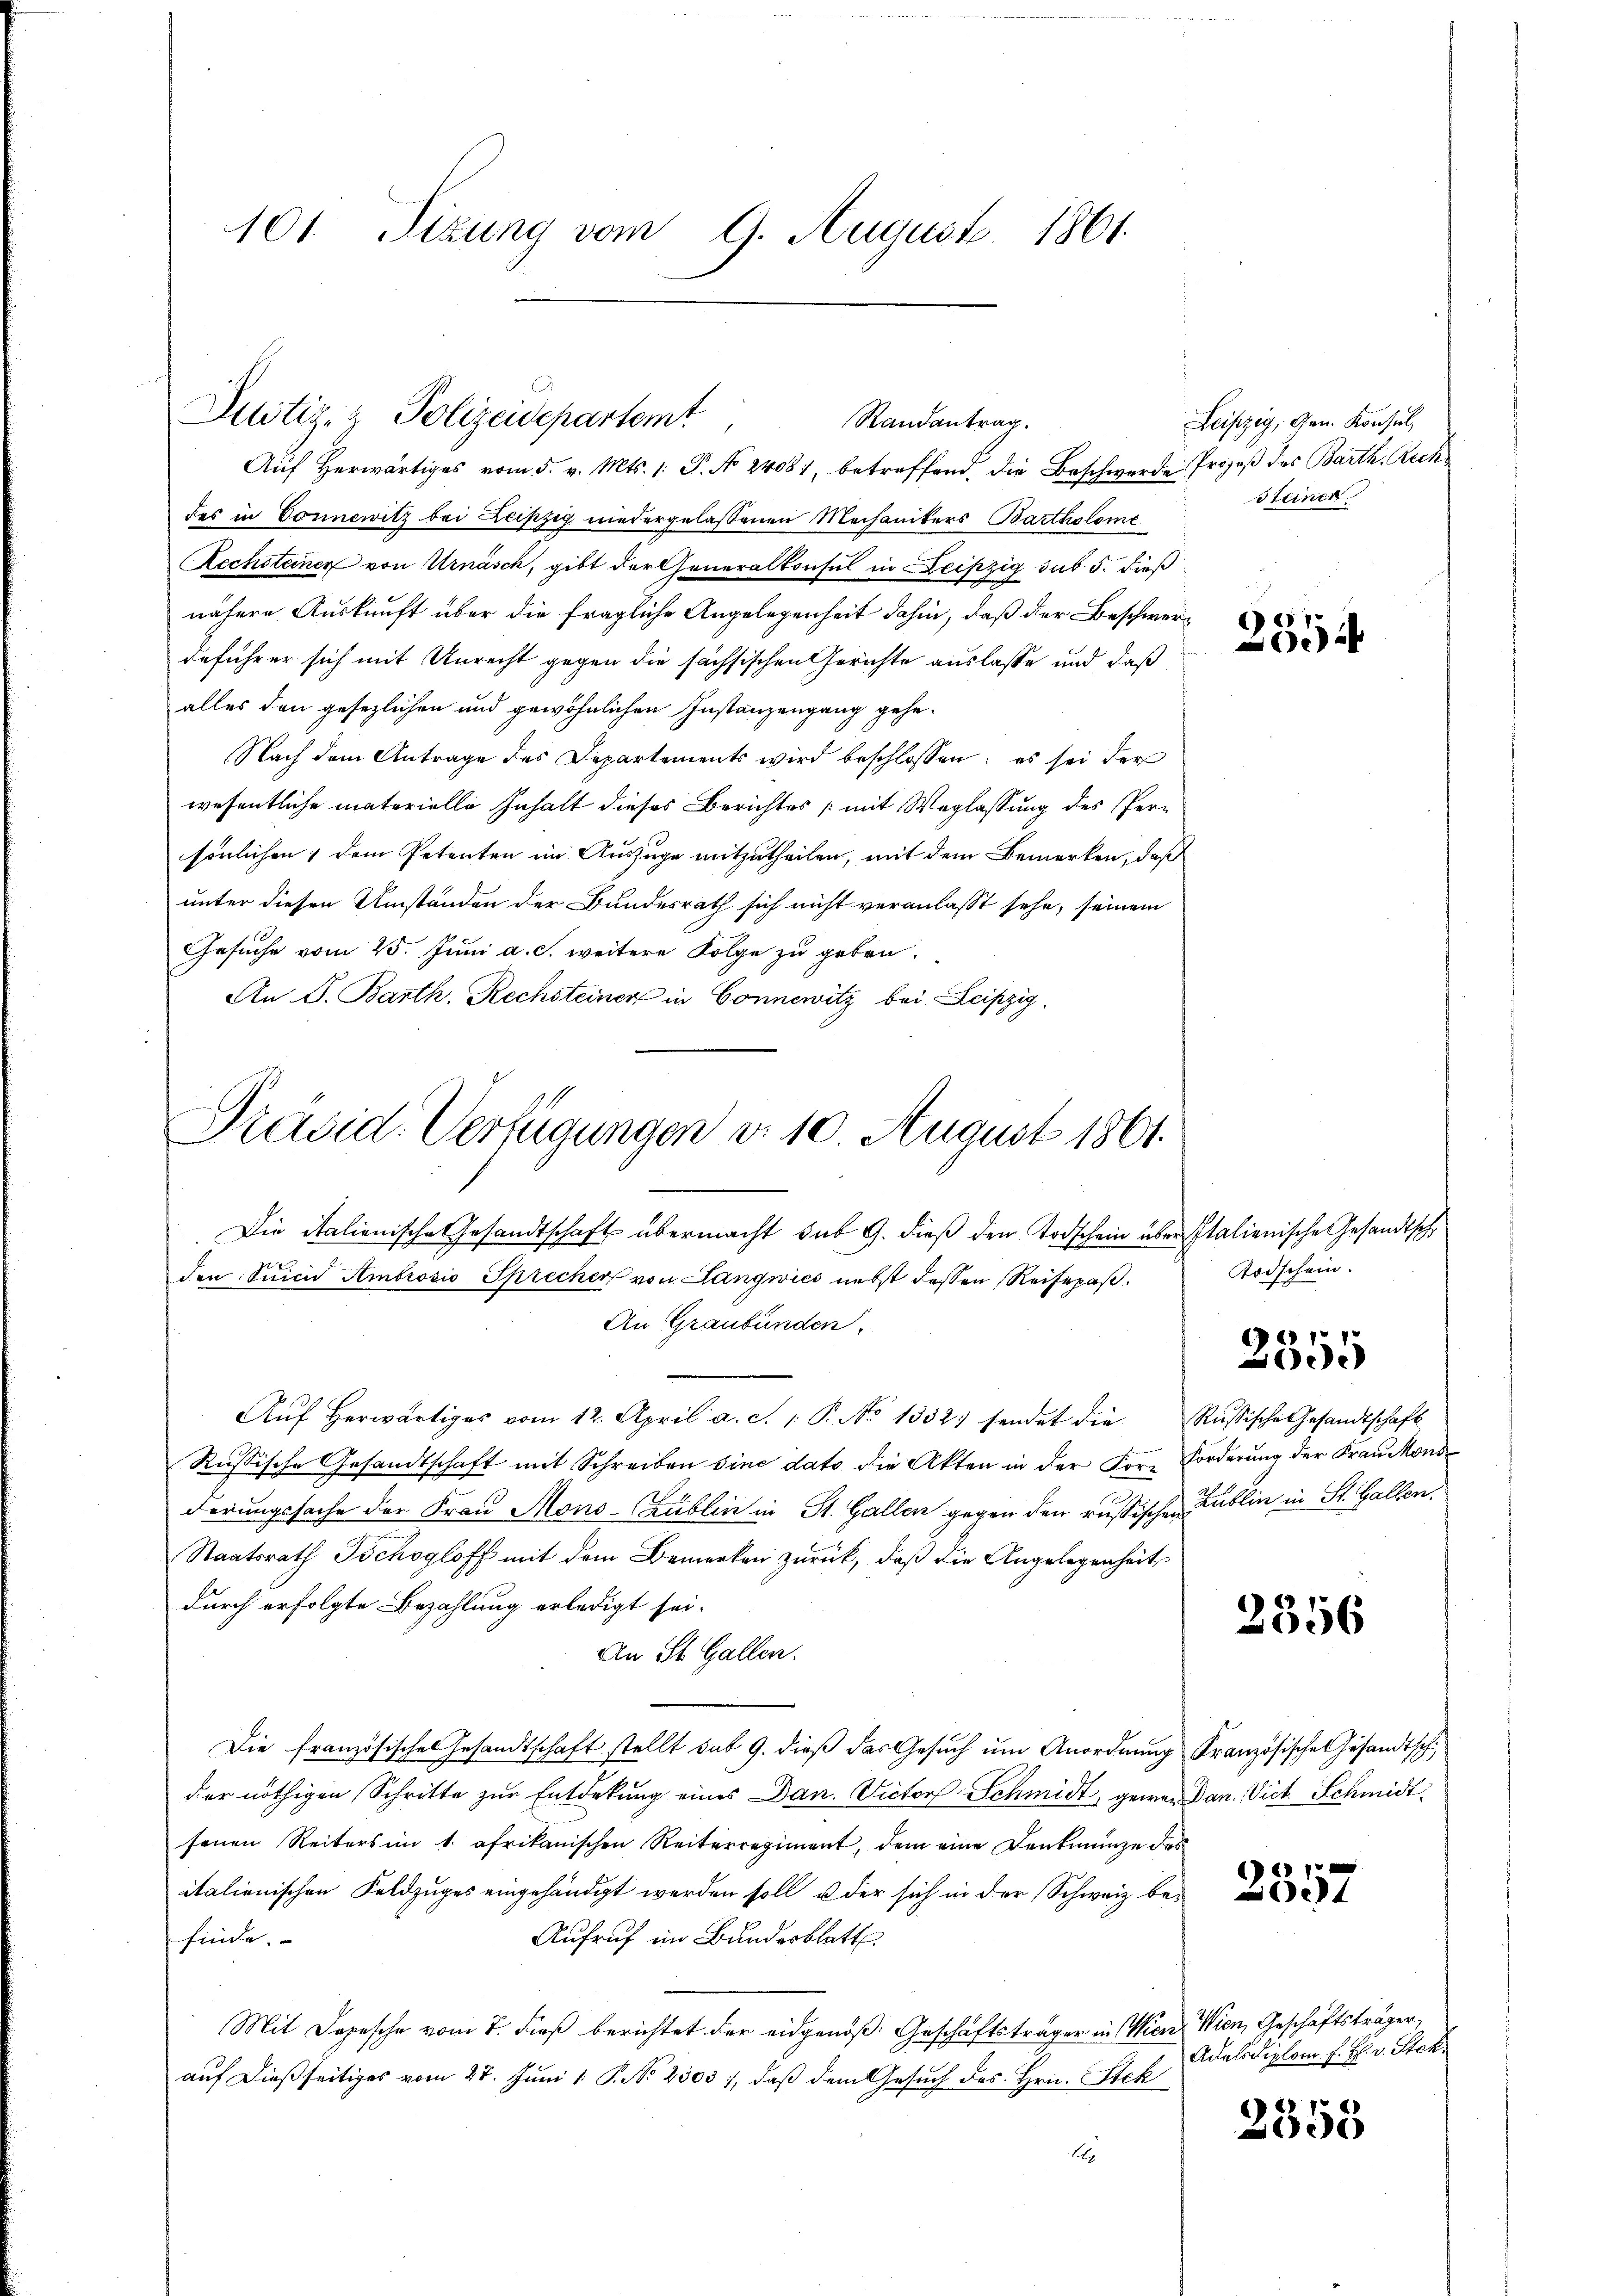
101 Sizung vom 9. August 1861.

Justiz- & Polizeidepartemt
Randantrag.

Aŭf herwärtiges vom 5. v. Mts. 1. P. No 24081, betreffend, die Beschwerde Prozeß des Barth. Rech
des in Donnewitz bei Leipzig niedergelassenen Mechanikers Bartholome
Rechsteiner von Urnäsch, gibt der Generalkonsul in Leipzig sub 5. dieß
nähere Auskunft über die fragliche Angelegenheit dahin, daß der Beschwerdeführer sich mit Unrecht gegen die sächsischen Gerichte auslasse und daß
alles den gesezlichen und gewöhnlichen Instanzengang gehe¬
Nach dem Antrage des Departements wird beschlossen; es sei der
wesentliche materielle Inhalt dieses Berichtes (mit Weglassung des Persönlichen dem Petenten im Auszüge mitzutheilen, mit dem Bemerken, daß
unter diesen Umständen der Bundesrath sich nicht veranlasst sehe, seinem
Gesuche vom 25. Juni a. c. weitere Folge zu geben,
An S. Barth. Rechsteiner in Connewitz bei Leipzig,

Präsid. Verfügungen d. 10. August 1861.
Die italienische Gesandtschaft übermacht sub 9. dieß den Todschein über italienische Gesandtsche

den Suicid Ambrosis Sprecher von Langwies nebst dessen Reisepaß.
An Graubünden.
Aŭf herwärtiges vom 12. April a. c. 1 P. No 1332) sendet die
Russische Gesandtschaft mit Schreiben sine dato die Akten in der Forz Forderung der Frau Monsderungssache der Frau Mons-Crublin in St. Gallen gegen den russischen Publin in St. Gallen.
Staatsrath Töchogloff mit dem Bemerken zurück, daß die Angelegenheit
durch erfolgte Bezahlung erledigt sei.
An St. Gallen.
Die französisches Gesandtschaft stellt sub 9. dieß das Gesuch um Anordnung
der nöthigen Schritte zur Entdekung eines Dan. Victor Schmidt, gewerden. Vict. Schmidt
senen Reiters im 1. afrikanischen Reiterregiment, dem eine Denkmünze des
italienischen Feldzuges eingehändigt werden soll, u der sich in der Schweiz be¬
Aufruf im Bundesblatt
finde.
Mit Depesche vom 7. dieß berichtet der eidgenöß: Geschäftsträger in Wien
auf dießseitiges vom 27. Juni 1 P. No 2303), daß dem Gesuch des Hrn. Stek
A

Leipzig, Gen. Konsul,
Steinen

7
e

Todschein.

2355

Russische Gesandtschaft

2356

Französische Gesandtsch

2357

Wien, Geschäftsträger,
Adelsdiplom f. H. v. Stek.

2358